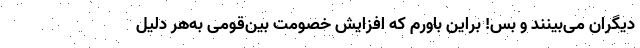
دیگران می‌بینند و بس! براین باورم که افزایش خصومت بین‌قومی به‌هر دلیل